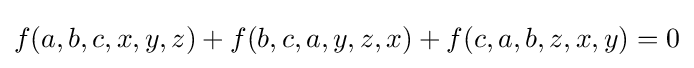
f(a,b,c,x,y,z)+f(b,c,a,y,z,x)+f(c,a,b,z,x,y)=0